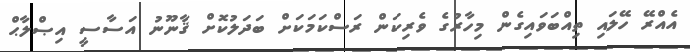
އެއްރޭ ހޭލައި ތިއްބަވައިގެން މިހާރުގެ ވެރިކަން ރަސްކަމަކަށް ބަދަލުކޮށް ޤާނޫނު އަސާސީ އިޞްލާޙް